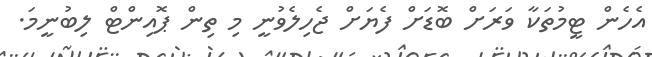
އެހެން ޓީމުތަކާ ވަރަށް ބޮޑަށް ފެޔަށް ޖެހިލެވުނީ މި ތިން ޕޮއިންޓް ލިބުނީމަ.